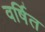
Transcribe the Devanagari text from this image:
वर्षित